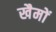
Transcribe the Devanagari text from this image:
खैमों